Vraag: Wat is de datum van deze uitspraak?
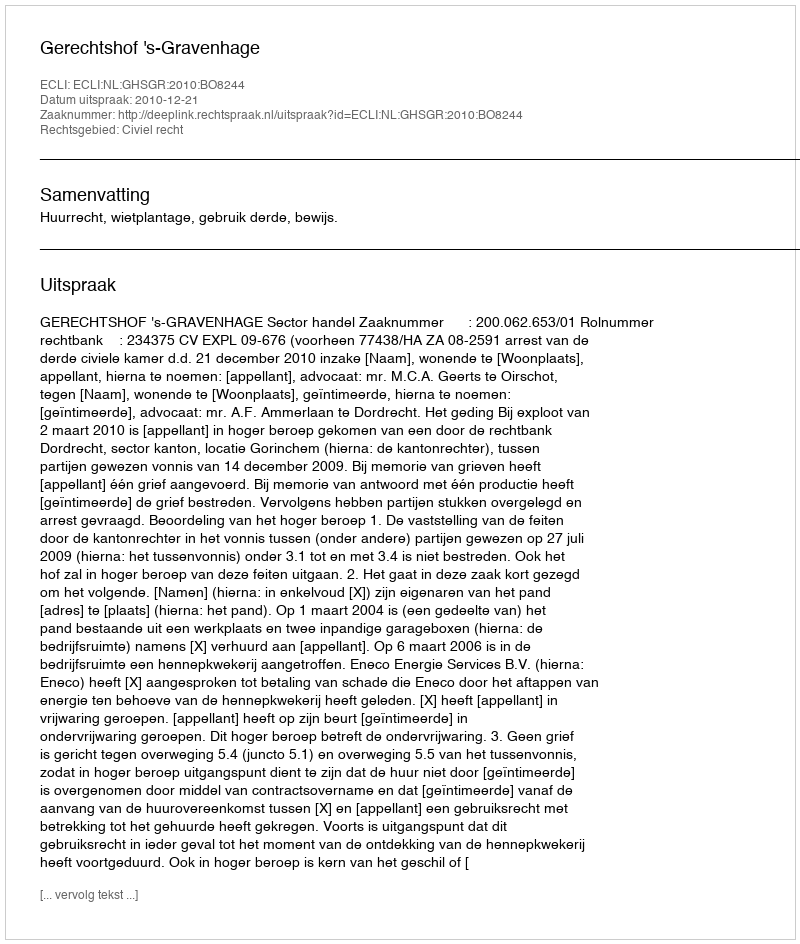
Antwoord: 2010-12-21